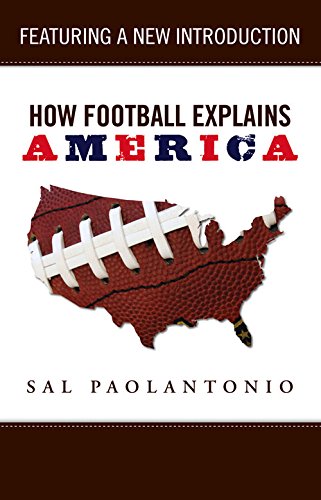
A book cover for How Football Explains America (How...Explain); Sal Paolantonio; Sports & Outdoors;